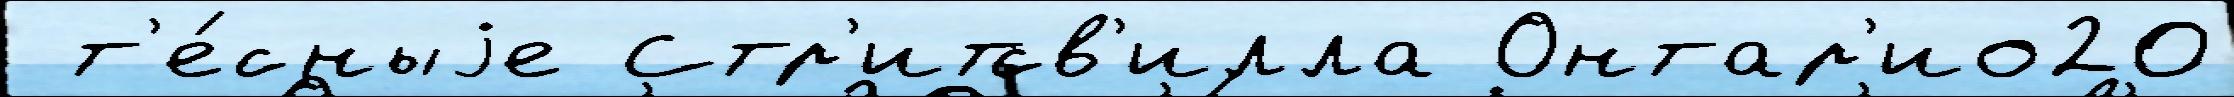
 т'е́сныjе Стр'итсв'илла Онтар'ио20